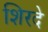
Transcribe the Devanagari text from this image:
शिरदे